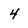
Character: 4